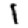
Digit: 1